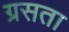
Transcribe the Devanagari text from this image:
ग्रसता